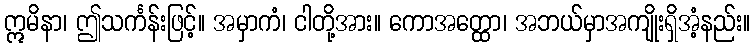
ဣမိနာ၊ ဤသင်္ကန်းဖြင့်။ အမှာကံ၊ ငါတို့အား။ ကောအတ္ထော၊ အဘယ်မှာအကျိုးရှိအံ့နည်း။